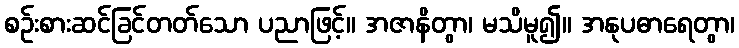
စဉ်းစားဆင်ခြင်တတ်သော ပညာဖြင့်။ အဇာနိတွာ၊ မသိမူ၍။ အနုပဓာရေတွာ၊